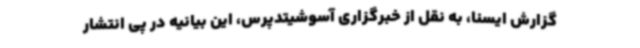
گزارش ایسنا، به نقل از خبرگزاری آسوشیتدپرس، این بیانیه در پی انتشار